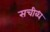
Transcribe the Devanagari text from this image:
सचीब्ध